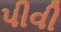
પીવી